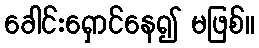
ခေါင်းရှောင်နေ၍ မဖြစ်။